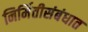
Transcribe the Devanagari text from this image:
निर्मितीसंबंधात